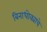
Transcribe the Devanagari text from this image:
बिनाधोक्याचे